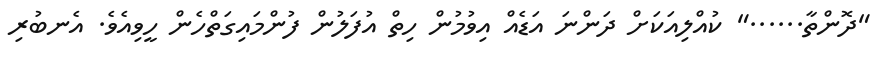
"ދޮންތާ......" ކުއްލިއަކަށް ދަންނަ އަޑެއް އިވުމުން ހިތް އުފަލުން ފުންމައިގަތްހެން ހީވިއެވެ. އެނބުރި